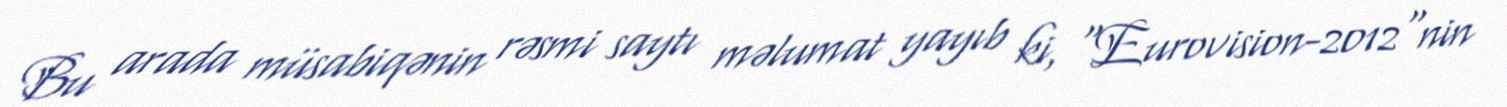
Bu arada müsabiqənin rəsmi saytı məlumat yayıb ki, “Eurovision-2012"nin